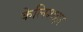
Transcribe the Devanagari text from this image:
केलिशहर